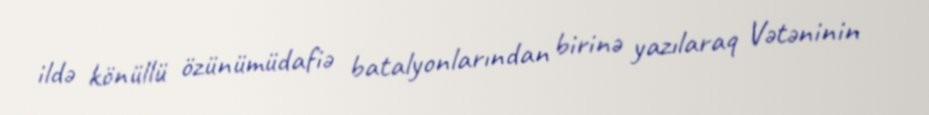
ildə könüllü özünümüdafiə batalyonlarından birinə yazılaraq Vətəninin